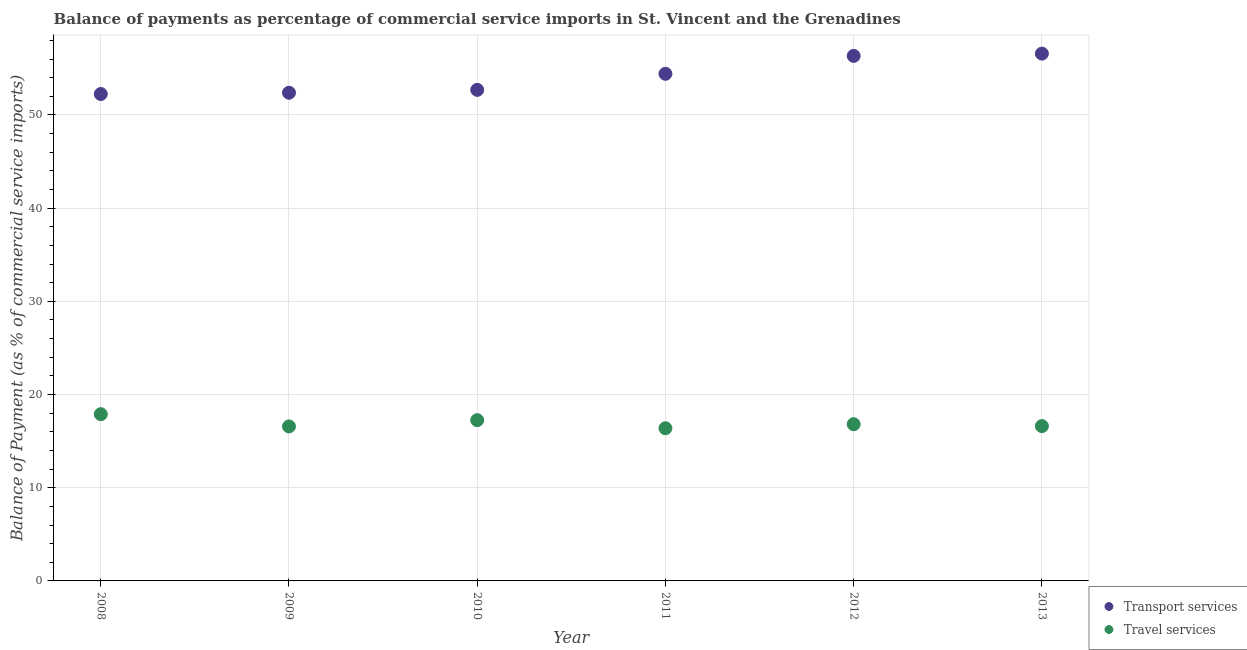
| Year | Transport services | Travel services |
 | --- | --- | --- |
 | 2008 | 52.2 | 17.9 |
 | 2009 | 52.4 | 16.6 |
 | 2010 | 52.7 | 17.2 |
 | 2011 | 54.4 | 16.4 |
 | 2012 | 56.3 | 16.8 |
 | 2013 | 56.6 | 16.6 |